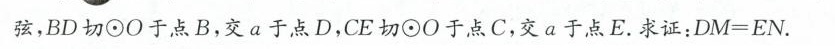
弦，BD切⊙O于点B，交a于点D，CE切⊙O于点C，交a于点E。求证：$$ D M = E N $$.